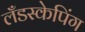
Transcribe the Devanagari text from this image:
लँडस्केपिंग